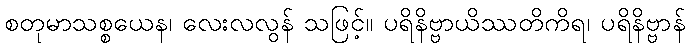
စတုမာသစ္စယေန၊ လေးလလွန် သဖြင့်။ ပရိနိဗ္ဗာယိဿတိကိရ၊ ပရိနိဗ္ဗာန်